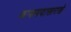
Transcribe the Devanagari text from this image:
काकपदासारखे